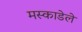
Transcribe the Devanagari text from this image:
मस्काडेले